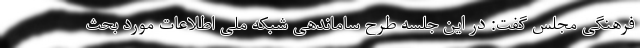
فرهنگی مجلس گفت: در این جلسه طرح ساماندهی شبکه ملی اطلاعات مورد بحث